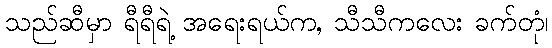
သည်ဆီမှာ ရီရီရဲ့ အရေးရယ်က, သီသီကလေး ခက်တုံ၊